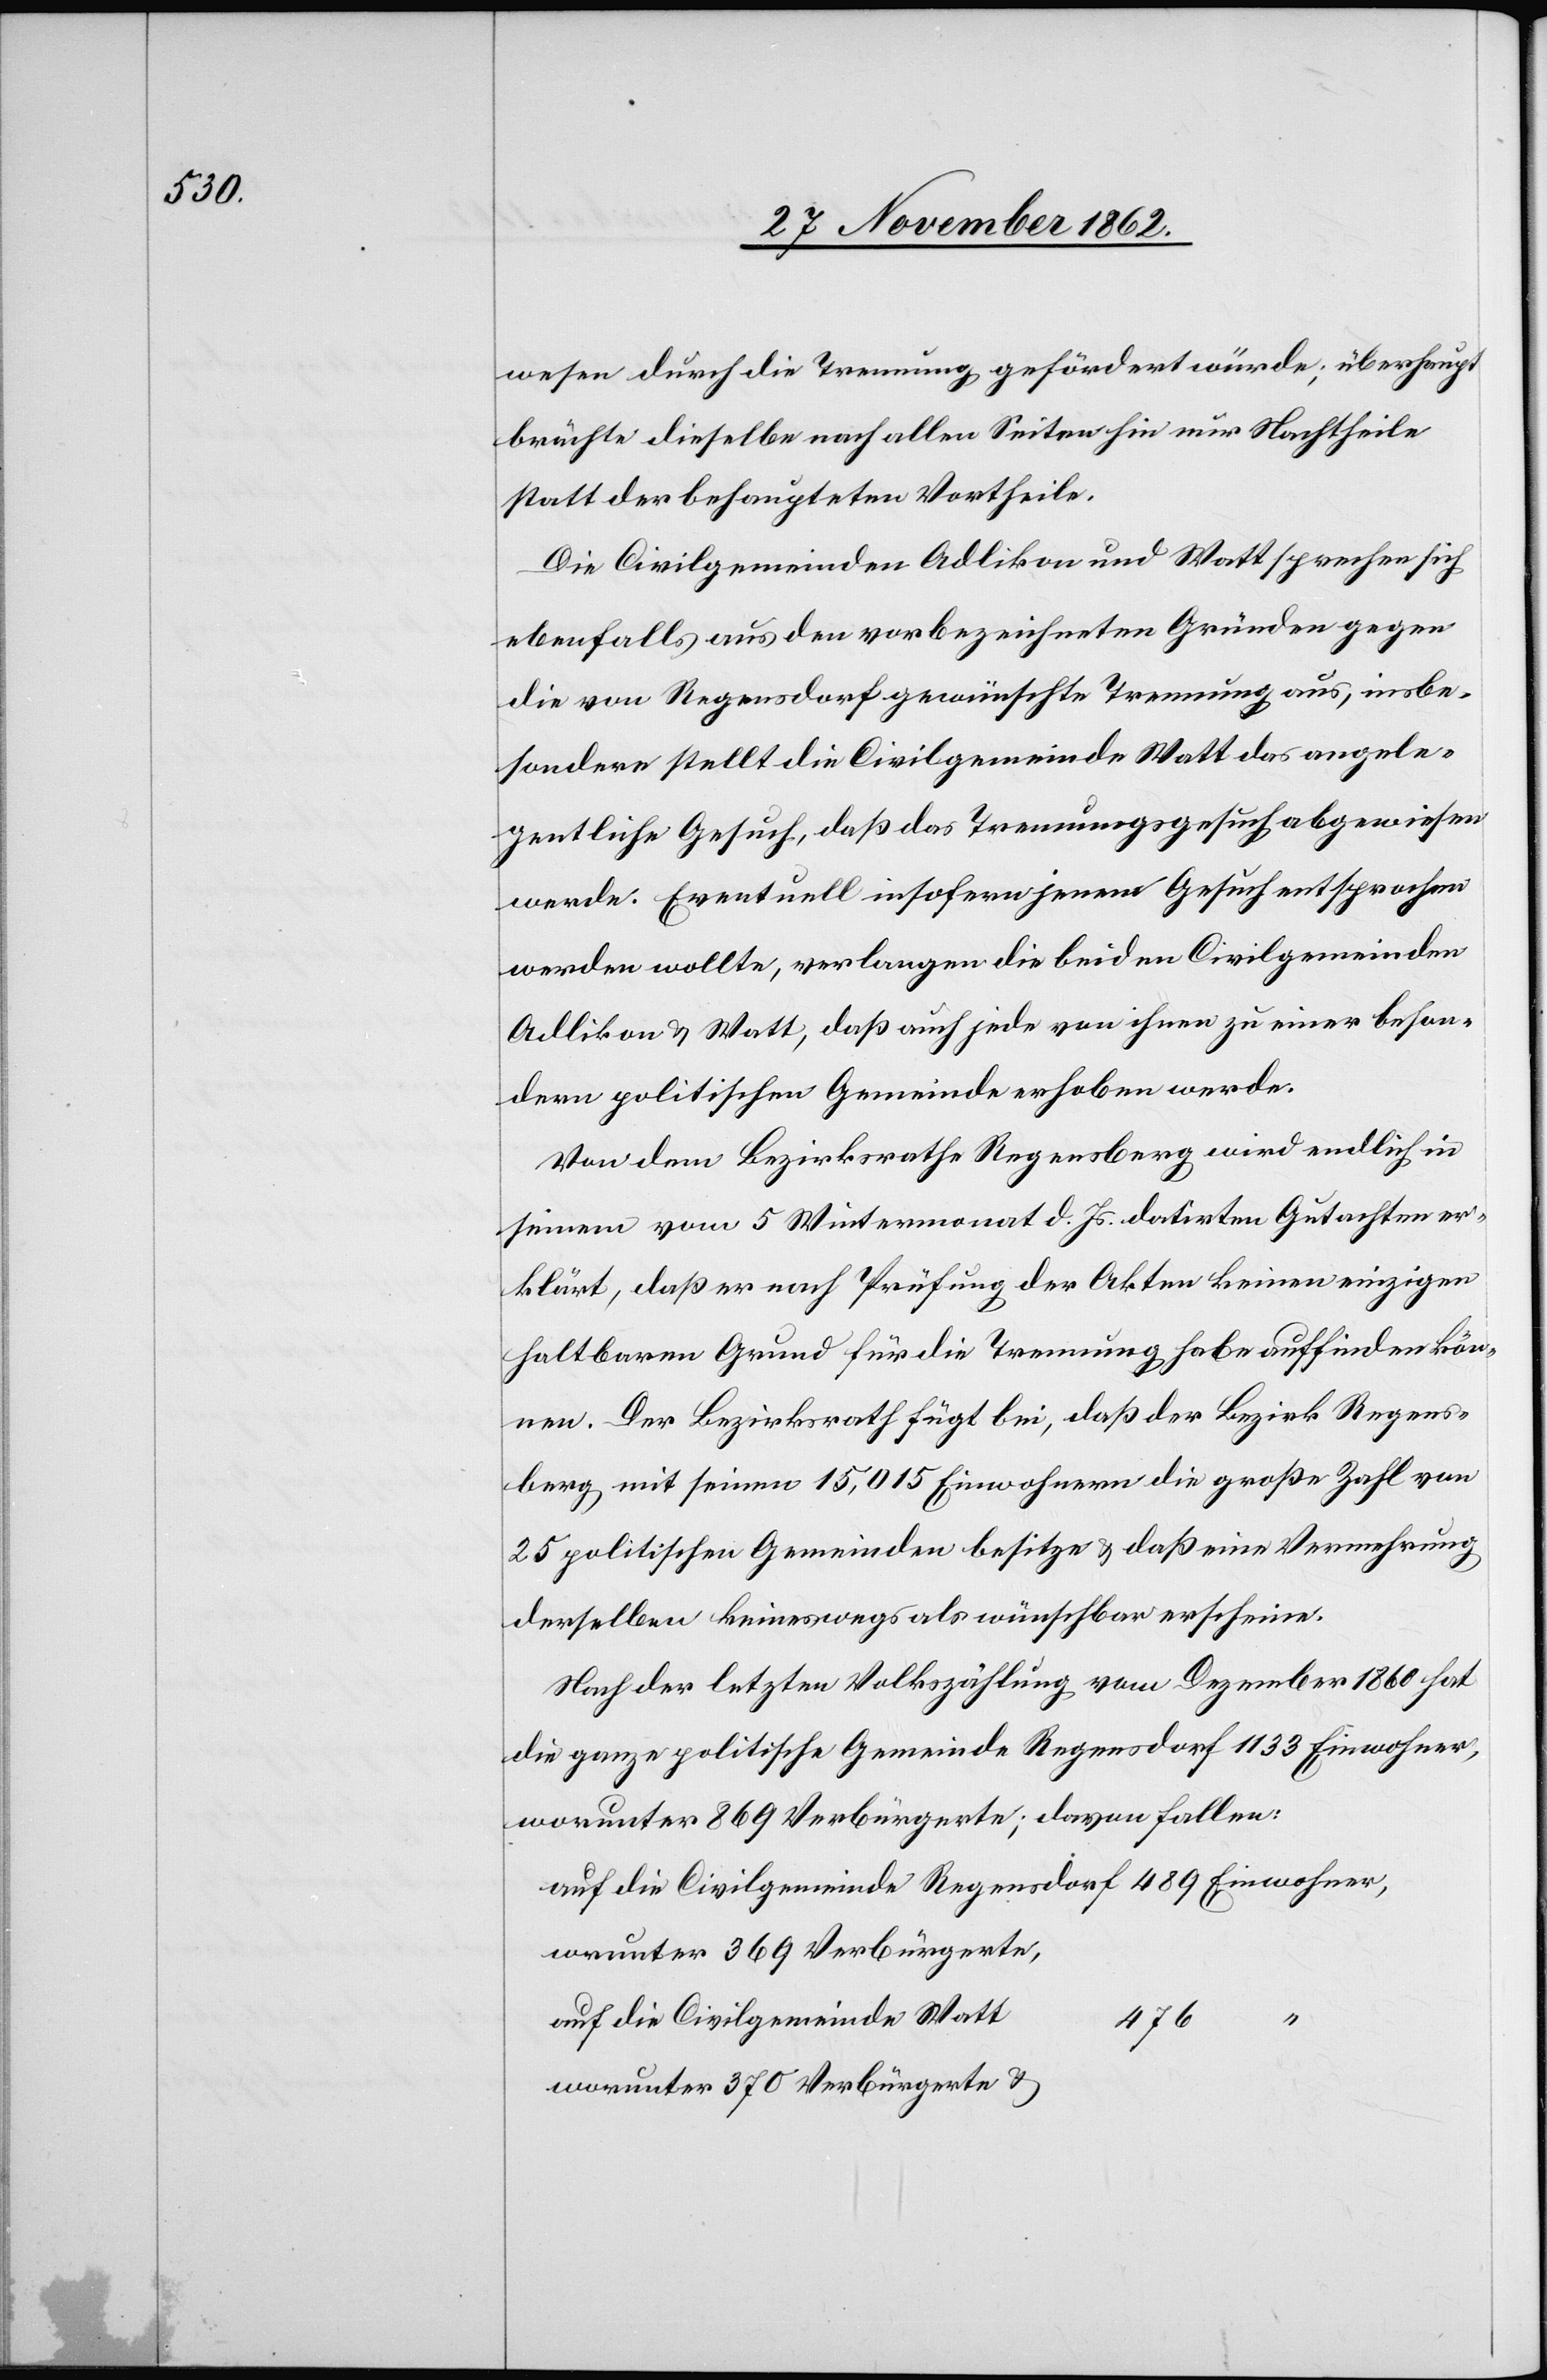
wesen durch die Trennung gefördert würde; überhaupt
brächte dieselbe nach allen Seiten hin nur Nachtheile
statt der behaupteten Vortheile.
Die Civilgemeinden Adlikon und Watt sprechen sich
ebenfalls aus den vorbezeichneten Gründen gegen
die von Regensdorf gewünschte Trennung aus, insbe¬
sondere stellt die Civilgemeinde Watt das angele¬
gentliche Gesuch, daß das Trennungsgesuch abgewiesen
werde. Eventuell insofern jenem Gesuch entsprochen
werden wollte, verlangen die beiden Civilgemeinden
Adlikon u. Watt, daß auch jede von ihnen zu einer beson¬
dern politischen Gemeinde erhoben werde.
Von dem Bezirksrathe Regensberg wird endlich in
seinem vom 5. Wintermonat d. Js. datirten Gutachten er¬
klärt, daß er nach Prüfung der Akten keinen einzigen
haltbaren Grund für die Trennung habe auffinden kön¬
nen. Der Bezirksrath fügt bei, daß der Bezirk Regens¬
berg, mit seinen 15,015 Einwohnern die große Zahl von
25 politischen Gemeinden besitze u. daß eine Vermehrung
derselben keineswegs als wünschbar erscheine.
Nach der letzten Volkszählung vom Dezember 1860 hat
die ganze politische Gemeinde Regensdorf 1133 Einwohner,
worunter 869 Verbürgerte, davon fallen:
worunter 369 Verbürgerte,
auf die Civilgemeinde Watt
476
worunter 370 Verbürgerte u.